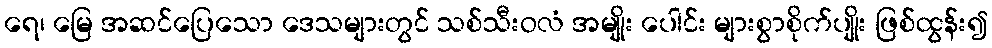
ရေ၊ မြေ အဆင်ပြေသော ဒေသများတွင် သစ်သီးဝလံ အမျိုး ပေါင်း များစွာစိုက်ပျိုး ဖြစ်ထွန်း၍